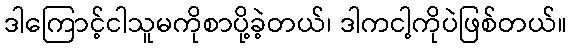
ဒါကြောင့်ငါသူမကိုစာပို့ခဲ့တယ်၊ ဒါကငါ့ကိုပဲဖြစ်တယ်။